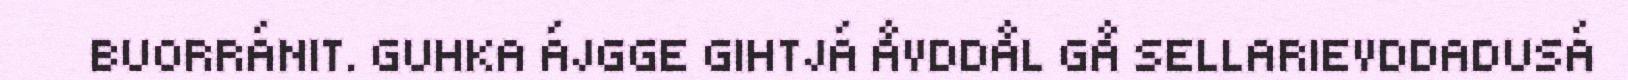
BUORRÁNIT. GUHKA ÁJGGE GIHTJÁ ÅVDDÅL GÅ SELLARIEVDDADUSÁ